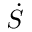
\dot { S }